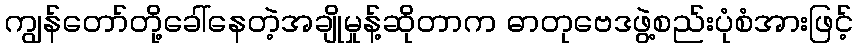
ကျွန်တော်တို့ခေါ်နေတဲ့အချိုမှုန့်ဆိုတာက ဓာတုဗေဒဖွဲ့စည်းပုံစံအားဖြင့်